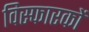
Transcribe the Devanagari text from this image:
विस्फारकों